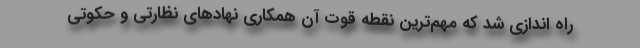
راه اندازی شد که مهم‌ترین نقطه قوت آن همکاری نهاد‌های نظارتی و حکوتی